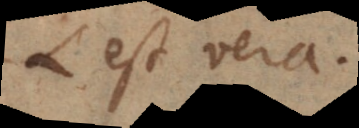
B est vera.